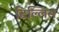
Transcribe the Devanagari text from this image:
टिल्लिस